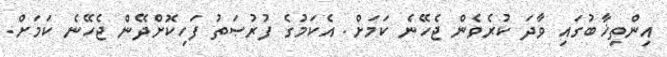
އިންތިޚާބުގައި ވާދަ ކުރެވެން ޖެހޭނެ ކަމަށް. އެކަމުގެ ފުރުޞަތު ފަހިކޮށްދޭން ޖެހޭނެ ކަމަށް.